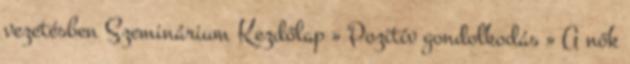
vezetésben Szeminárium Kezdőlap » Pozitív gondolkodás » A nők